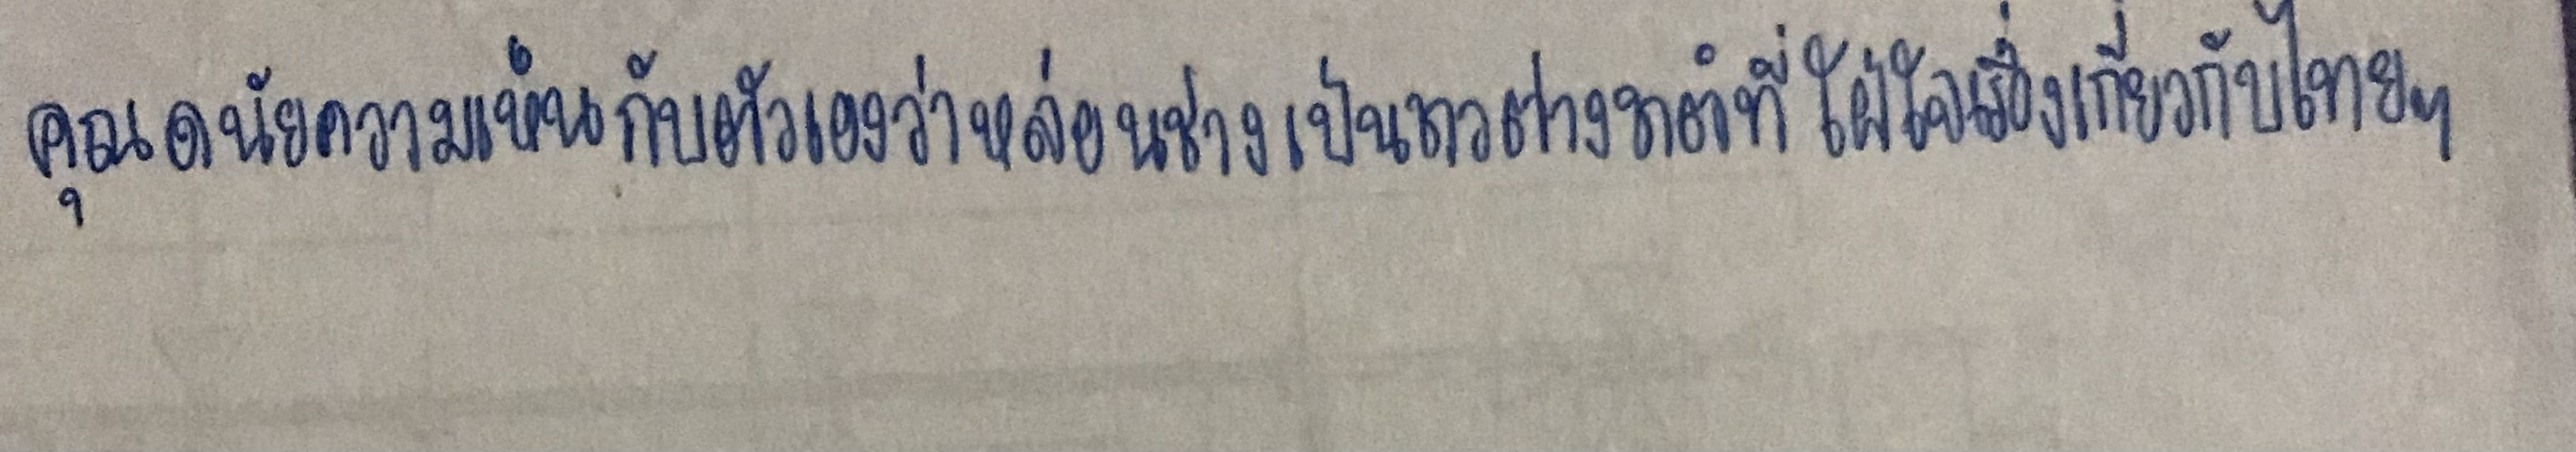
คุณดนัยความเห็นกับตัวเองว่าหล่อนช่างเป็นชาวต่างชาติที่ใฝ่ใจในเรื่องเกี่ยวกับไทยๆ